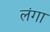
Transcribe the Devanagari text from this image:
लंगा